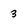
Character: 3